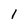
Character: 1